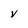
Character: v